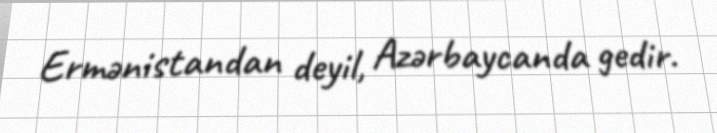
Ermənistandan deyil, Azərbaycanda gedir.